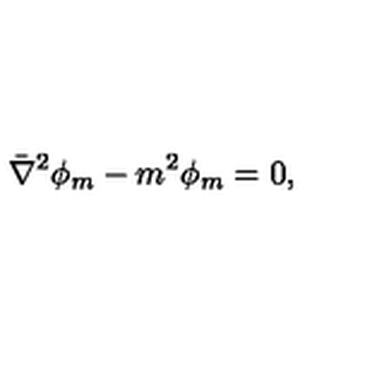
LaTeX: \bar { \nabla } ^ { 2 } \phi _ { m } - m ^ { 2 } \phi _ { m } = 0 ,